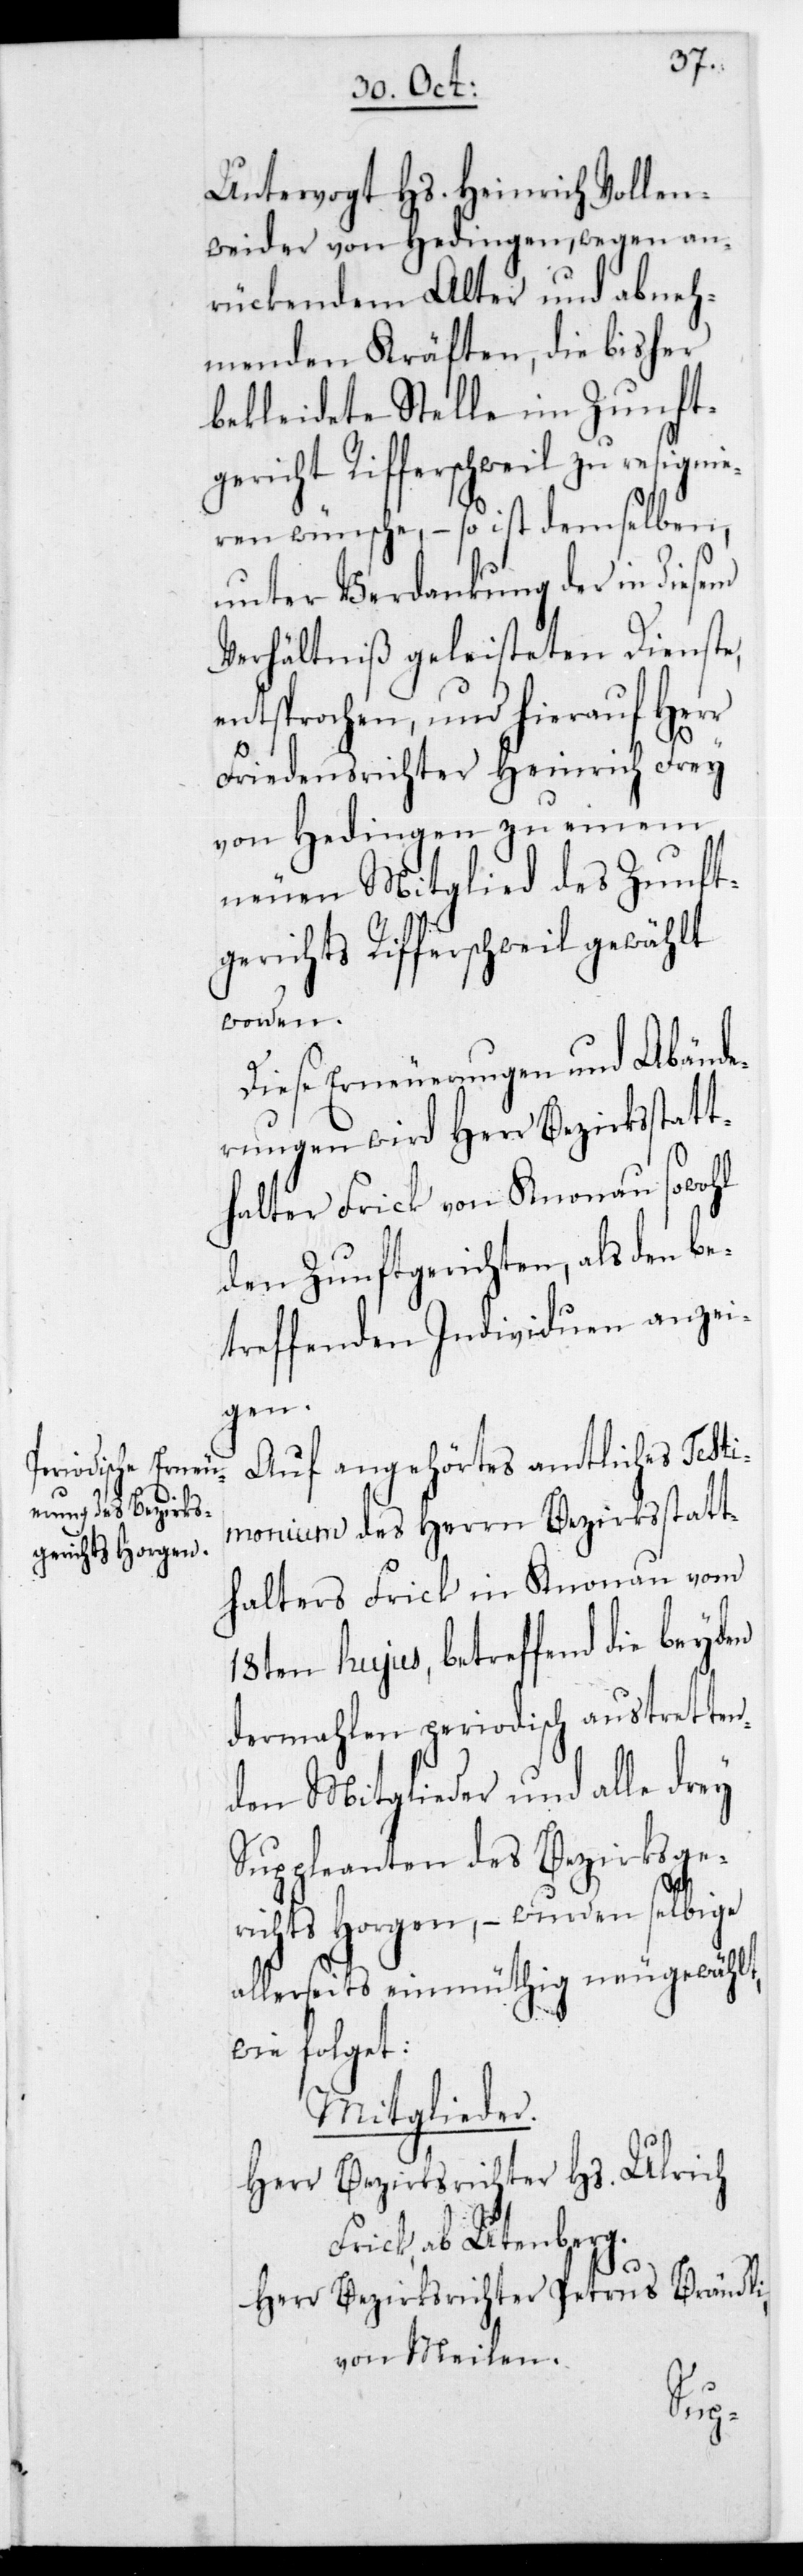
Untervogt Hs. Heinrich Vollen¬
weider von Hedingen, wegen an¬
rückendem Alter und abneh¬
menden Kräften, die bisher
bekleidete Stelle im Zunft¬
gericht Rifferschweil zu resigni¬
eren wünsche, – so ist demselben,
unter Verdankung der in diesem
Verhältniß geleisteten Dienste,
entsprochen, und hierauf Herr
Friedensrichter Heinrich Frey
von Hedingen zu einem
neuen Mitglied des Zunft¬
gerichts Rifferschweil gewählt
worden.
Diese Erneuerungen und Abände¬
rungen wird Herr Bezirksstatt¬
halter Frick von Knonau sowohl
den Zunftgerichten als den be¬
treffenden Individuen anzei¬
gen.
Auf angehörtes amtliches Testi¬
monium des Herrn Bezirksstatt¬
halters Frick in Knonau vom
18ten hujus, betreffend die beyden
dermahlen periodisch austretten¬
den Mitglieder und alle drey
Suppleanten des Bezirksge¬
richts Horgen, – wurden selbige
allerseits einmüthig neugewählt,
wie folget:
Mitglieder.
Herr Bezirksrichter Hs. Ulrich
Frick, ab Utenberg.
Herr Bezirksrichter Petrus Brändli
von Meilen.